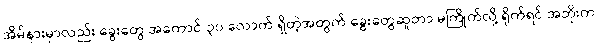
အိမ်နားမှာလည်း ခွေးတွေ အကောင် ၃၀ လောက် ရှိတဲ့အတွက် ခွေးတွေဆူတာ မကြိုက်လို့ ရိုက်ရင် အဘိုးက